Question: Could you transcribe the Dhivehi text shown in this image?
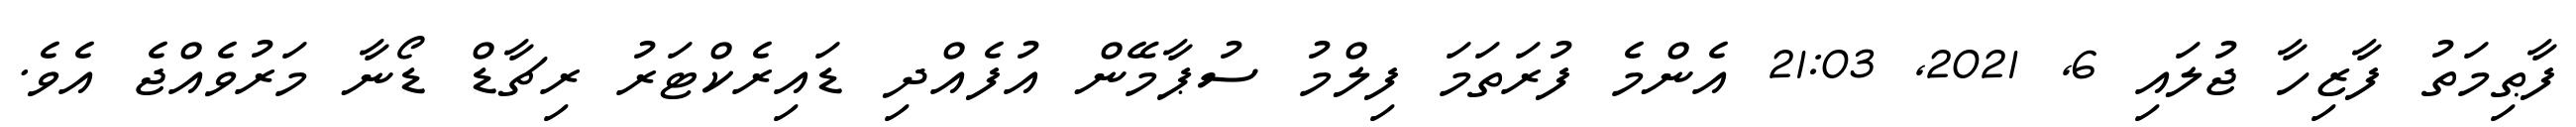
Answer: ފާޠިމަތު ފާޒިހާ ޖުލައި 6, 2021, 21:03 އެންމެ ފުރަތަމަ ފިލްމު ސުޕާމޭން އުފެއްދި ޑައިރެކްޓަރު ރިޗާޑް ޑޯނާ މަރުވެއްޖެ އެވެ.